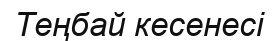
Теңбай кесенесі